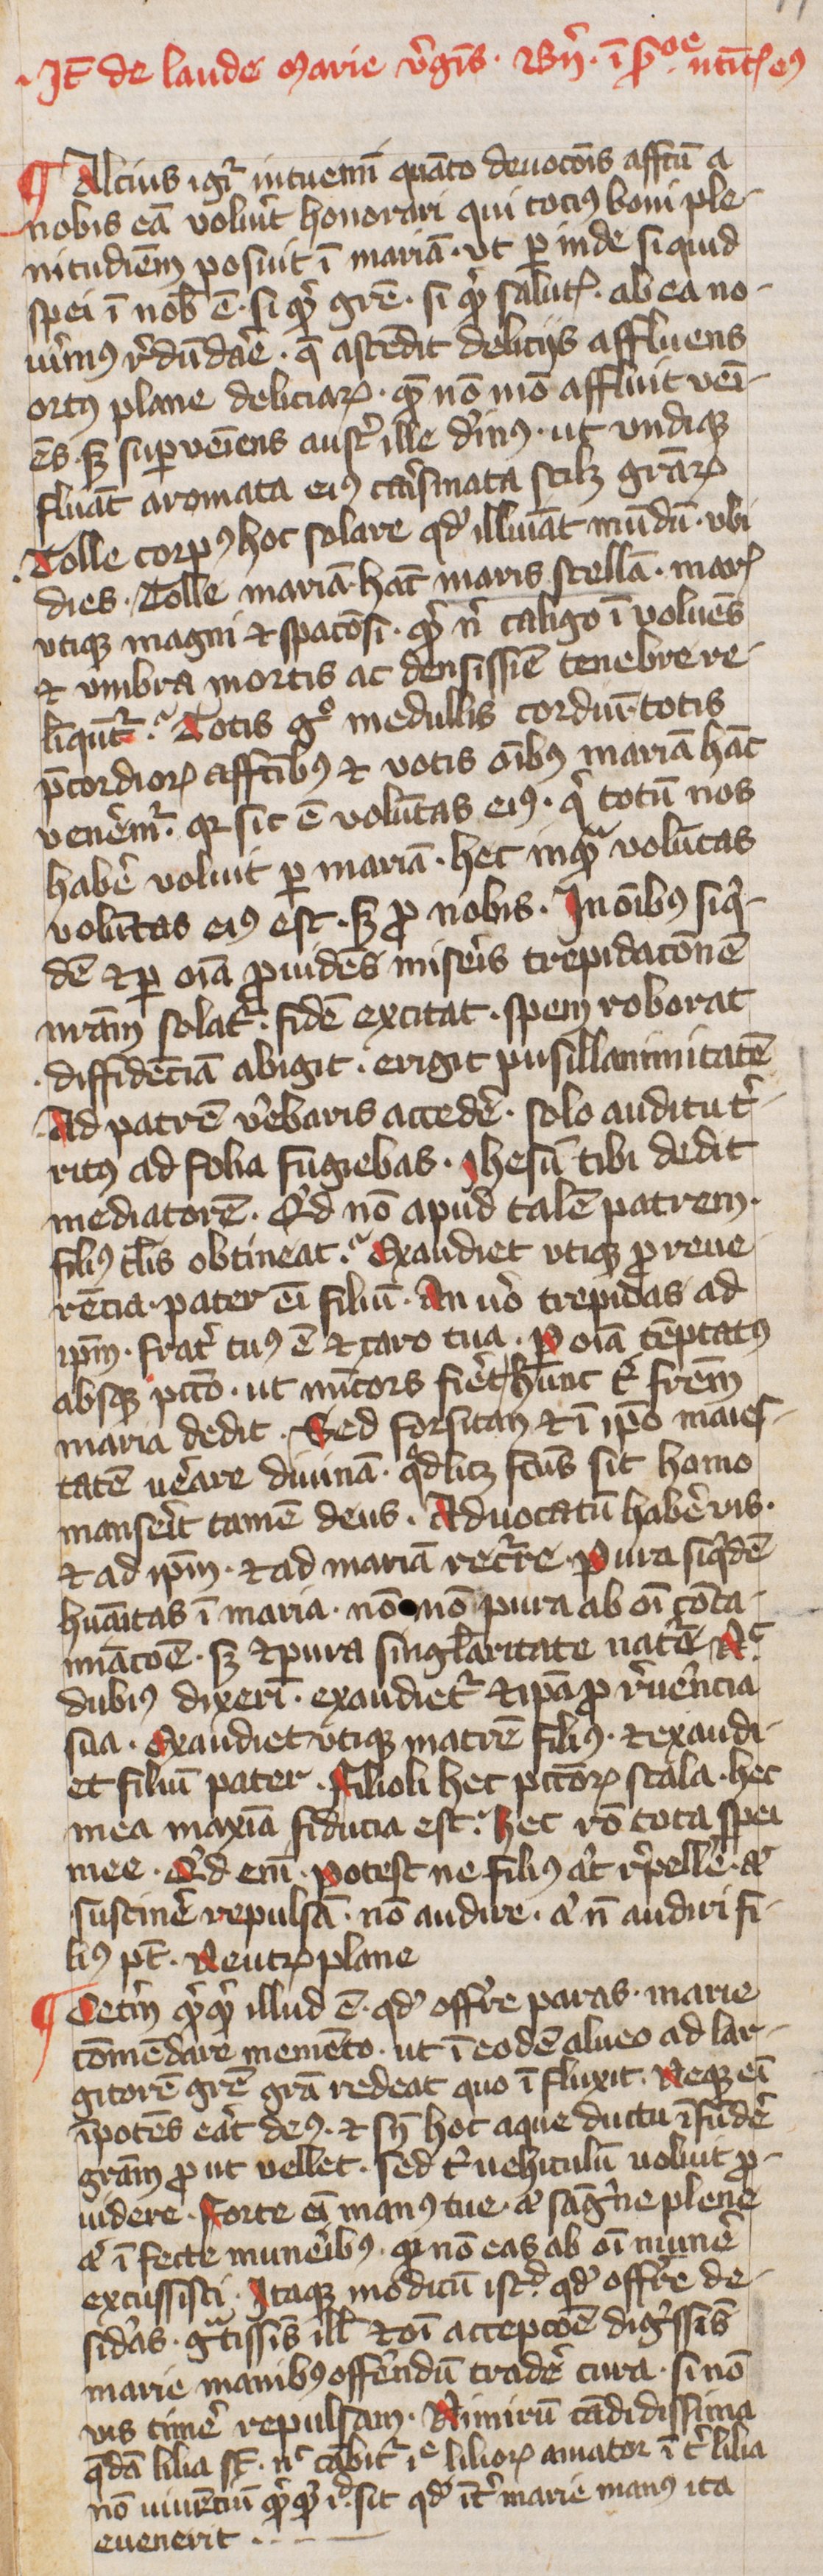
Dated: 1400–1424